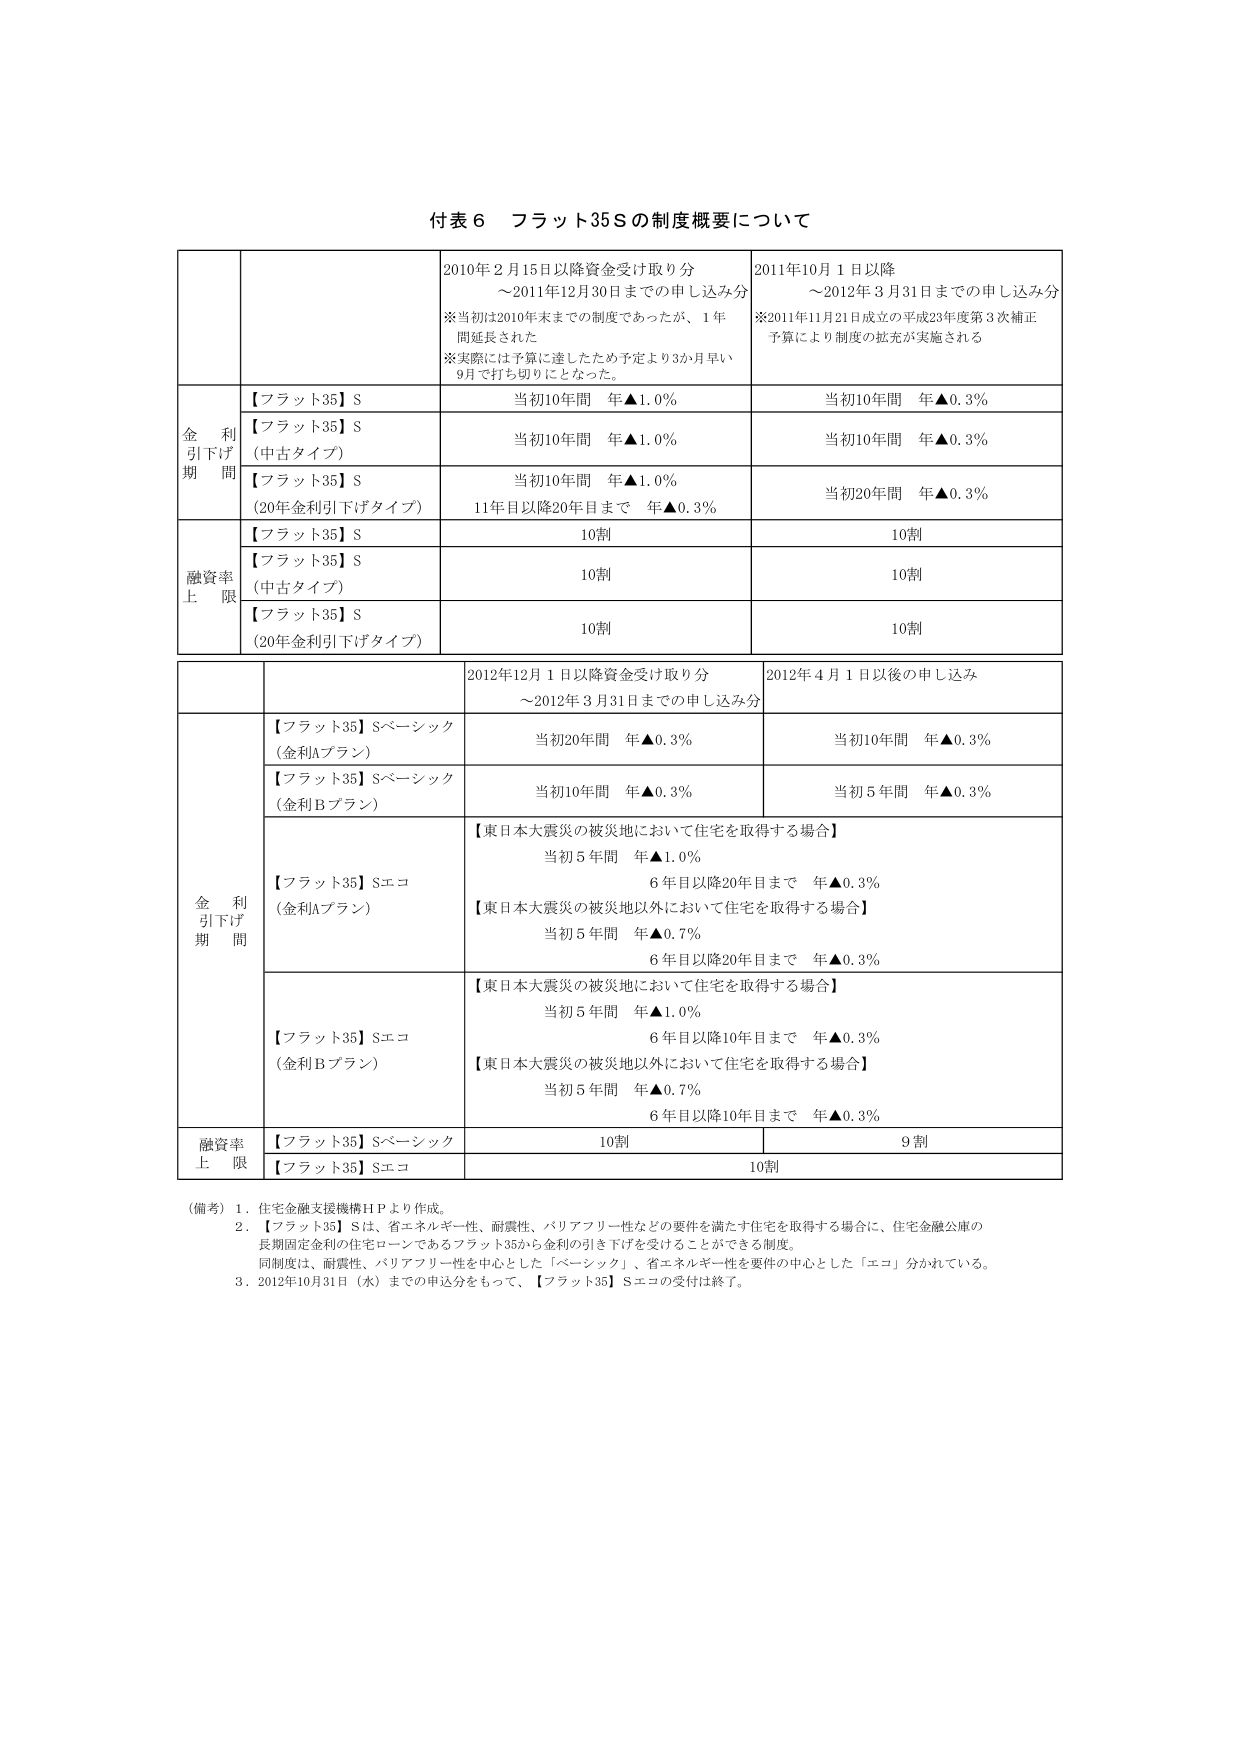
付表６ フラット35Ｓの制度概要について

2010年２月15日以降資金受け取り分
～2011年12月30日までの申し込み分
※当初は2010年末までの制度であったが、1年間延長された
※実際には予算に達したため予定より3か月早い9月で打ち切りとなった。

2011年10月１日以降
～2012年３月31日までの申し込み分
※2011年11月21日成立の平成23年度第3次補正予算により制度の拡充が実施される

金利引下げ期間
【フラット35】Ｓ
当初10年間 年▲1.0％
当初10年間 年▲0.3％

【フラット35】Ｓ
（中古タイプ）
当初10年間 年▲1.0％
当初10年間 年▲0.3％

【フラット35】Ｓ
（20年金利引下げタイプ）
当初10年間 年▲1.0％
11年目以降20年目まで 年▲0.3％
当初20年間 年▲0.3％

融資率上限
【フラット35】Ｓ
10割
10割

【フラット35】Ｓ
（中古タイプ）
10割
10割

【フラット35】Ｓ
（20年金利引下げタイプ）
10割
10割

2012年12月１日以降資金受け取り分
～2012年３月31日までの申し込み分

2012年４月１日以後の申し込み

金利引下げ期間
【フラット35】Ｓベーシック
（金利Aプラン）
当初20年間 年▲0.3％
当初10年間 年▲0.3％

【フラット35】Ｓベーシック
（金利Bプラン）
当初10年間 年▲0.3％
当初５年間 年▲0.3％

【フラット35】Ｓエコ
（金利Aプラン）
【東日本大震災の被災地において住宅を取得する場合】
当初５年間 年▲1.0％
６年目以降20年目まで 年▲0.3％
【東日本大震災の被災地以外において住宅を取得する場合】
当初５年間 年▲0.7％
６年目以降20年目まで 年▲0.3％

【フラット35】Ｓエコ
（金利Bプラン）
【東日本大震災の被災地において住宅を取得する場合】
当初５年間 年▲1.0％
６年目以降10年目まで 年▲0.3％
【東日本大震災の被災地以外において住宅を取得する場合】
当初５年間 年▲0.7％
６年目以降10年目まで 年▲0.3％

融資率上限
【フラット35】Ｓベーシック
10割
9割

【フラット35】Ｓエコ
10割

（備考）１．住宅金融支援機構ＨＰより作成。
２．【フラット35】Ｓは、省エネルギー性、耐震性、バリアフリー性などの要件を満たす住宅を取得する場合に、住宅金融公庫の長期固定金利の住宅ローンであるフラット35から金利の引き下げを受けることができる制度。
同制度は、耐震性、バリアフリー性を中心とした「ベーシック」、省エネルギー性を要件の中心とした「エコ」分かれている。
３．2012年10月31日（水）までの申込分をもって、【フラット35】Ｓエコの受付は終了。